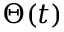
\Theta ( t )